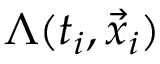
\Lambda ( t _ { i } , \vec { x } _ { i } )